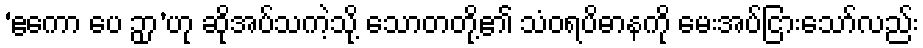
‘ဧကော ပေ ဉှာ’ဟု ဆိုအပ်သကဲ့သို့ သောတတို့၏ သံဝရပိဓာနကို မေးအပ်ငြားသော်လည်း